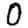
Digit: 0